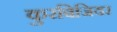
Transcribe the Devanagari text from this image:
कुरबिजियर